Annual administration and progress report of the Indian Medical Department, Bombay
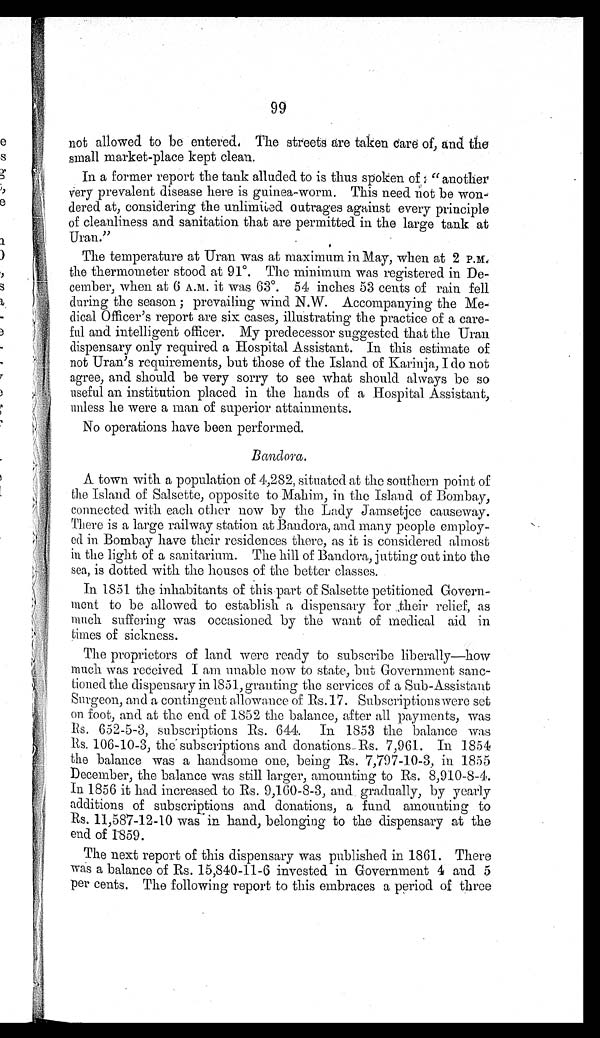
99
not allowed to be entered. The streets are taken care of, and the
small market-place kept clean.
In a former report the tank alluded to is thus spoken of: "another
very prevalent disease here is guinea-worm. This need not be won-
dered at, considering the unlimited outrages against every principle
of cleanliness and sanitation that are permitted in the large tank at
Uran."
The temperature at Uran was at maximum in May, when at 2 P.M.
the thermometer stood at 91°. The minimum was registered in De-
cember, when at 6 A.M. it was 63°. 54 inches 53 cents of rain fell
during the season; prevailing wind N.W. Accompanying the Me-
dical Officer's report are six cases, illustrating the practice of a care-
ful and intelligent officer. My predecessor suggested that the Uran
dispensary only required a Hospital Assistant. In this estimate of
not Uran's requirements, but those of the Island of Karinja, I do not
agree, and should be very sorry to see what should always be so
useful an institution placed in the hands of a Hospital Assistant,
unless he were a man of superior attainments.
No operations have been performed.
Bandora.
A town with a population of 4,282, situated at the southern point of
the Island of Salsette, opposite to Mahim, in the Island of Bombay,
connected with each other now by the Lady Jamsetjee causeway.
There is a large railway station at Bandora, and many people employ-
ed in Bombay have their residences there, as it is considered almost
in the light of a sanitarium. The hill of Bandora, jutting out into the
sea, is dotted with the houses of the better classes.
In 1851 the inhabitants of this part of Salsette petitioned Govern-
ment to be allowed to establish a dispensary for their relief, as
much suffering was occasioned by the want of medical aid in
times of sickness.
The proprietors of land were ready to subscribe liberally—how
much was received I am unable now to state, but Government sanc-
tioned the dispensary in 1851, granting the services of a Sub-Assistant
Surgeon, and a contingent allowance of Rs. 17. Subscriptions were set
on foot, and at the end of 1852 the balance, after all payments, was
Rs. 652-5-3, subscriptions Rs. 644. In 1853 the balance was
Rs. 106-10-3, the subscriptions and donations Rs. 7,961. In 1854
the balance was a handsome one, being Rs. 7,797-10-3, in 1855
December, the balance was still larger, amounting to Rs. 8,910-8-4.
In 1856 it had increased to Rs. 9,160-8-3, and gradually, by yearly
additions of subscriptions and donations, a fund amounting to
Rs. 11,587-12-10 was in hand, belonging to the dispensary at the
end of 1859.
The next report of this dispensary was published in 1861. There
was a balance of Rs. 15,840-11-6 invested in Government 4 and 5
per cents. The following report to this embraces a period of three